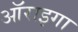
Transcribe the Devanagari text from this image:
ऑराइगा